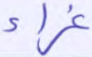
غراء